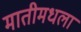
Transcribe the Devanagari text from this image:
मातीमधला